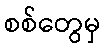
စစ်တွေမှ